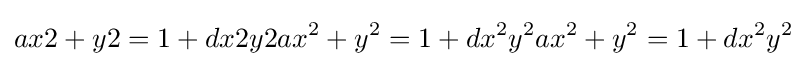
ax2+y2=1+dx2y2ax^{2}+y^{2}=1+dx^{2}y^{2}ax^{2}+y^{2}=1+dx^{2}y^{2}